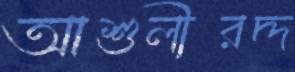
আশুলীরদ্দ